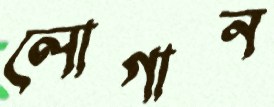
লোগান